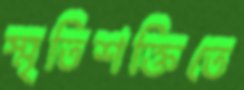
স্মৃতিশক্তিতে